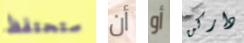
ستحتفظ أن أو داركن